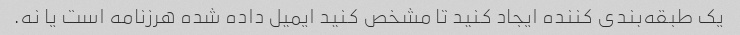
یک طبقه‌بندی کننده ایجاد کنید تا مشخص کنید ایمیل داده شده هرزنامه است یا نه.